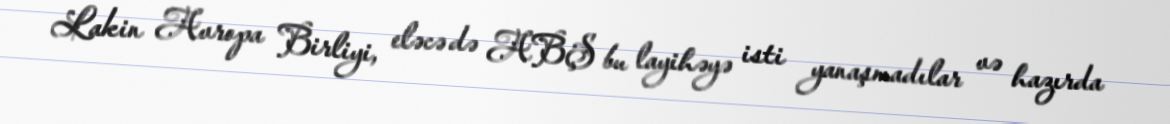
Lakin Avropa Birliyi, eləcə də ABŞ bu layihəyə isti yanaşmadılar və hazırda